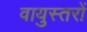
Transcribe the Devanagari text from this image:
वायुस्तरों